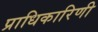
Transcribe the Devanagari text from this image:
प्राधिकारिणी